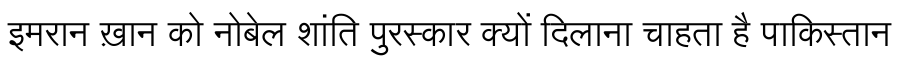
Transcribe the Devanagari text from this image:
इमरान ख़ान को नोबेल शांति पुरस्कार क्यों दिलाना चाहता है पाकिस्तान